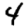
Digit: 4